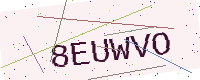
Text: 8EUWVO